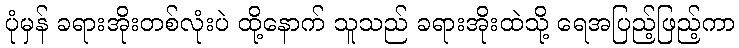
ပုံမှန် ခရားအိုးတစ်လုံးပဲ ထို့နောက် သူသည် ခရားအိုးထဲသို့ ရေအပြည့်ဖြည့်ကာ